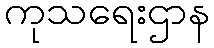
ကုသရေးဌာန